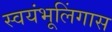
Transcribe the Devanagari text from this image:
स्वयंभूलिंगास